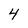
Character: 4